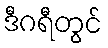
ဒီဂရီတွင်